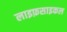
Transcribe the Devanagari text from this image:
लाइफ़साइकल